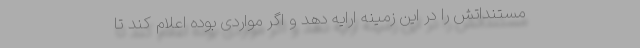
مستنداتش را در این زمینه ارایه دهد و اگر مواردی بوده اعلام کند تا